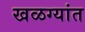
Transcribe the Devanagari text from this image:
खळग्यांत